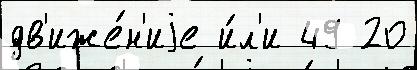
дв'иже́н'иjе и́л'и 49 20